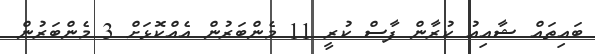
ބައިތައް ޝާއިއު ކުރާން ފާސް ކުރީ 11 މެންބަރުން އެއްކޮޅަށް 3 މެންބަރުން